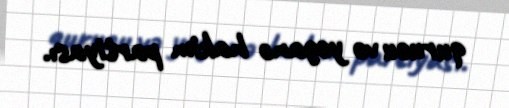
qurucu və yeganə hakim partiyası.